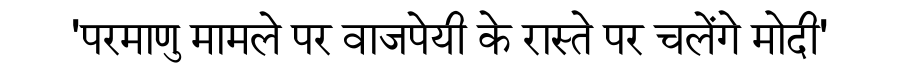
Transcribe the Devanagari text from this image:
'परमाणु मामले पर वाजपेयी के रास्ते पर चलेंगे मोदी'